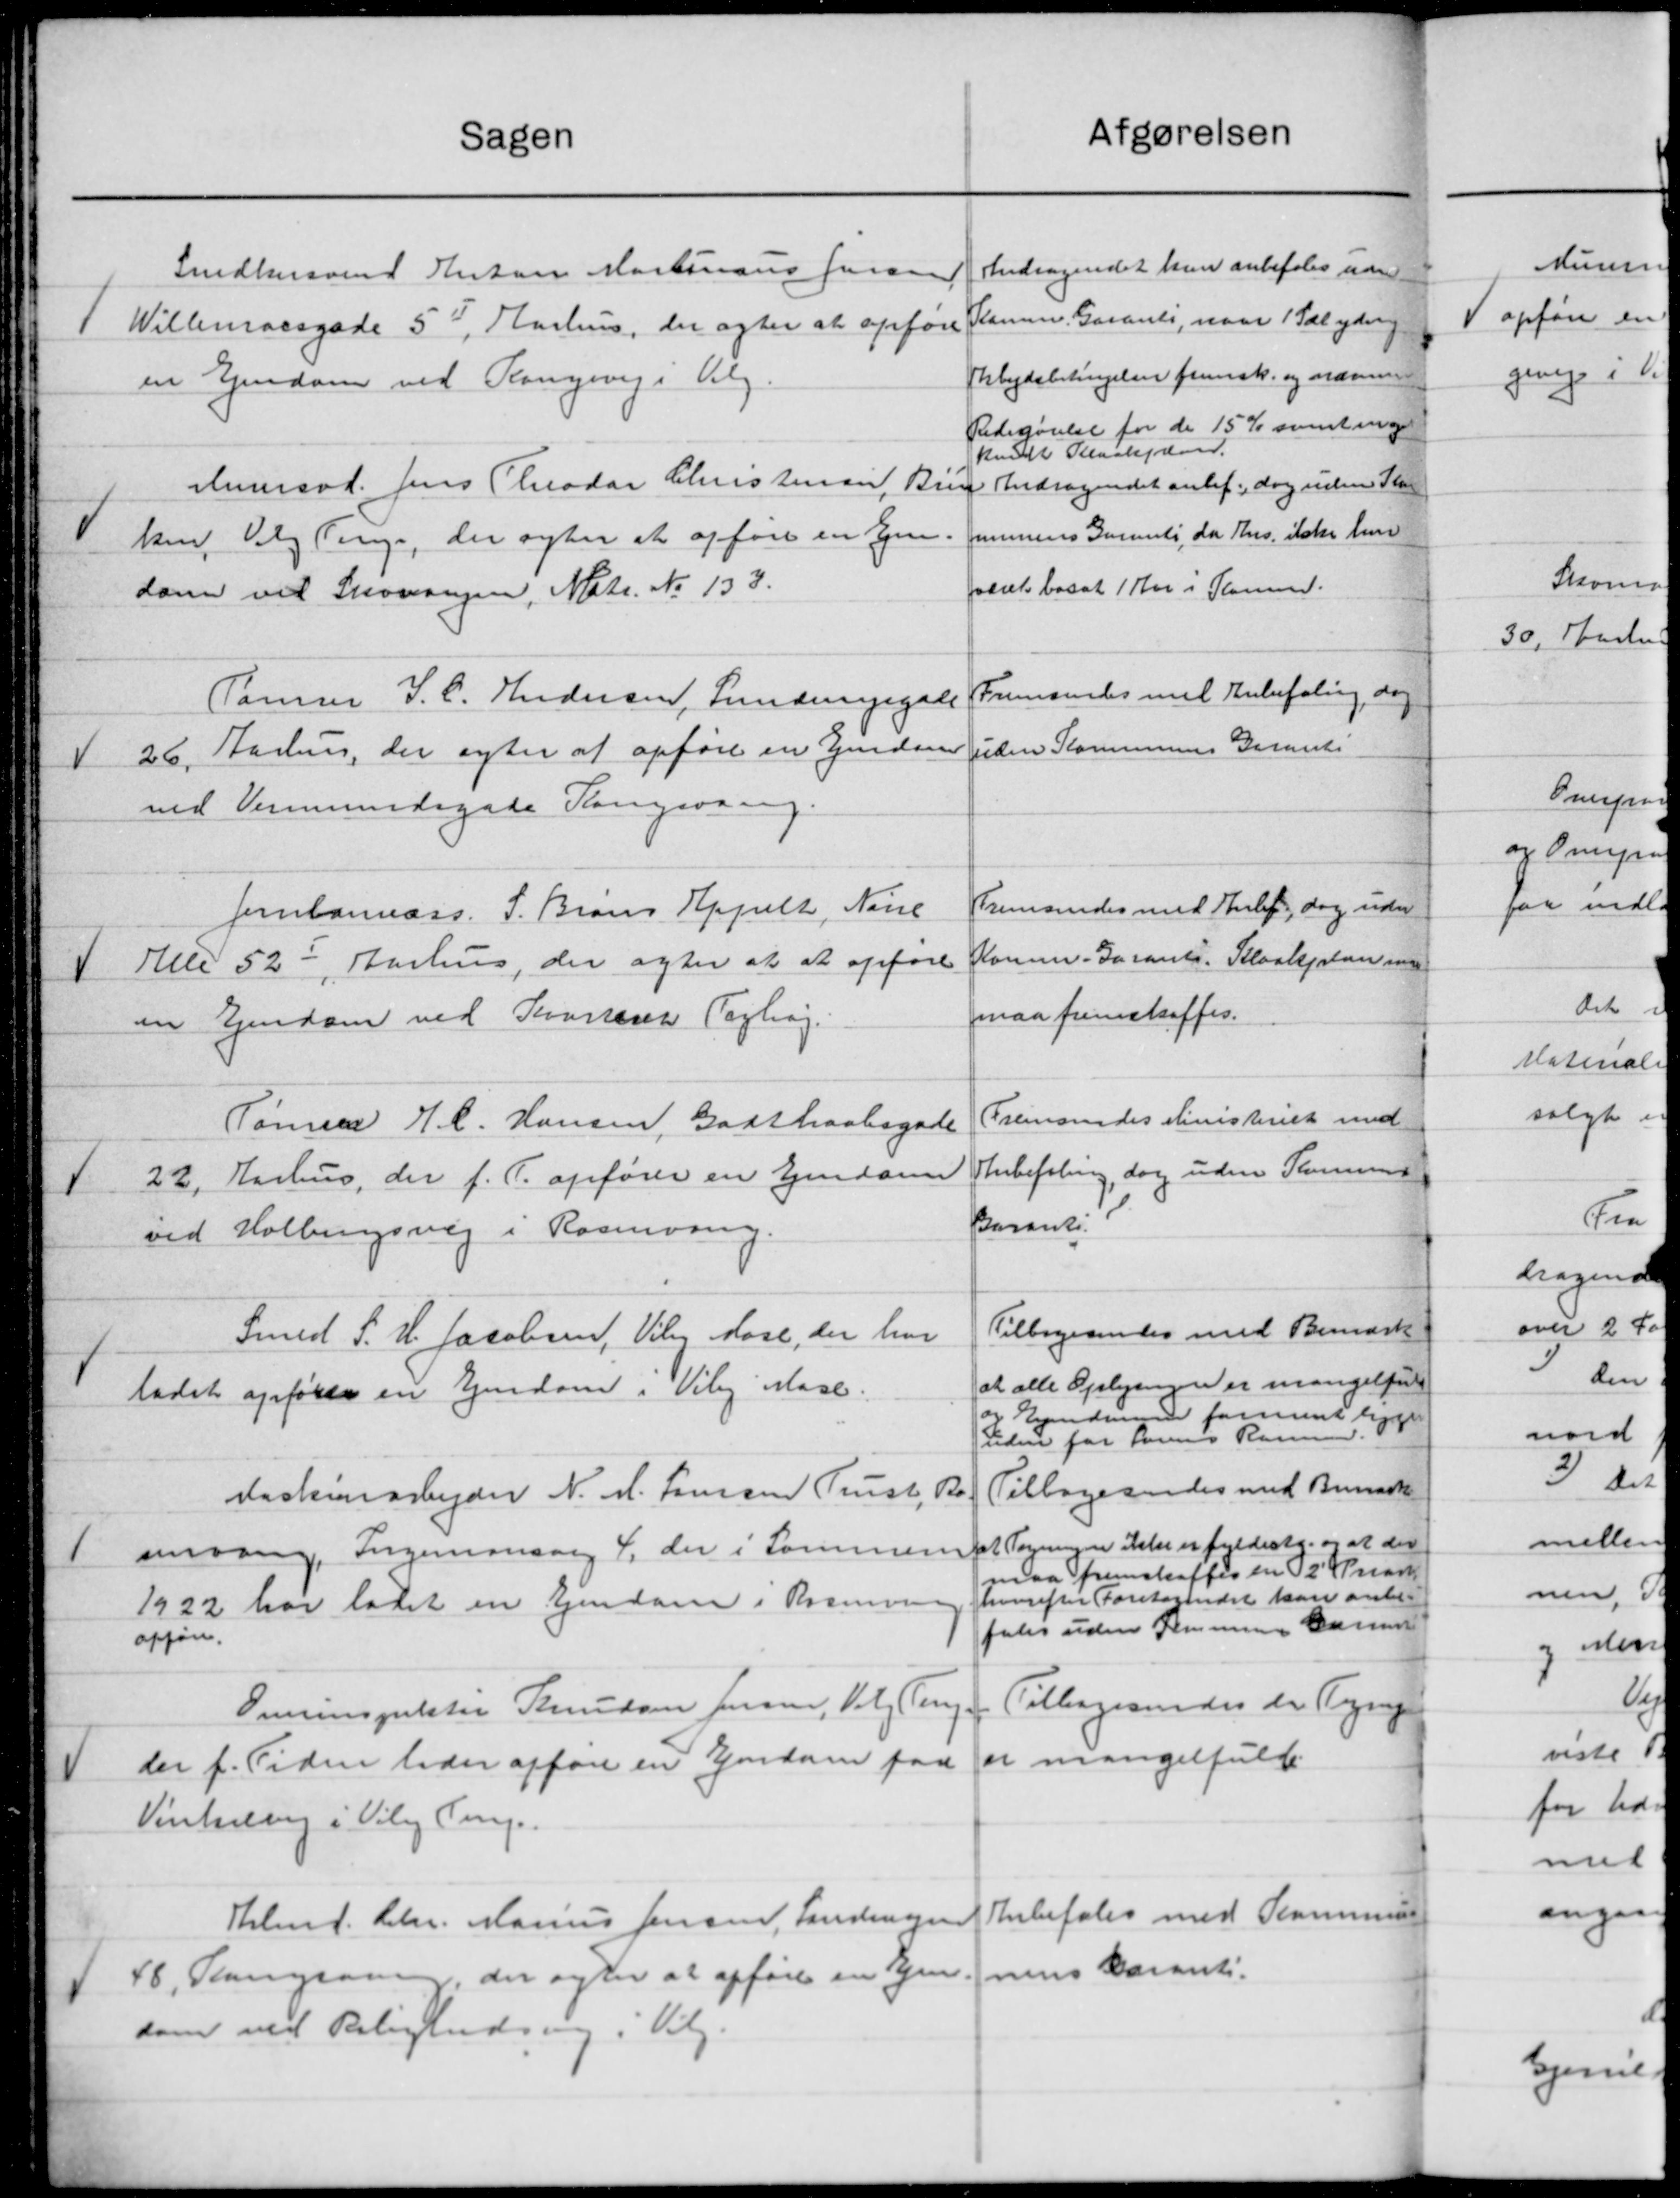
Transskription:
Afgørelsen
Sagen
Andragendet han anbefales uden
Snedkersvend Anton Mortensens Jensen
Slamme Garanti, naar 1 Tdlydeng
 Willemarsgade 55, Aarhus, der agter at opføre
Arbejdsbetingelser fremsk. og nærmer
en Ejendom ved Kongevej i Valg.
Redegørelse for de 15 % samt ing
kunde Stenskjæner.
Aumsod. Jens Chradar Christensen, Bru
Andragendet anbef. dog uden Skat
munens Garanti da Hus ikke hun
Vken, Valg Ting, der agter at opføre en Gjen.
været bosat 1 Aar i Sommer.
dom ved Skovangen, Matr. No 133.
Fremsendes med Anbefaling, dog
Tømrer J. C. Andersen, Sundringsgade
uden Kommunens Garanti
26. Aarhus, der agter at opføre en Ejendom
-
ved Vermundsgade Kongsvang
Fremsendes med Hele, dog uden
Jernbanness. S. Brand Appelt, Nove
Komm. Garanti. Kloakplan med
Alle 52, Aarhus, der agter at at opføre
maa fremskaffes.
en Ejendom ved Kroneret Forhøj
Fremsendes Ministeriet med
Tømrer H. C. Hansen, Godthaabsgade
Anbefaling, dog uden Sammen
22, Aarhus, der f. T. opfører en Ejendom
Baranti.
ved Holbergsvej i Rasmusen.
Tilbagesendes med Bemærk
Smed S. H. Jacobsen, Vilm Mose, der har
at alle Oplysningen er mangelful
ladet opfører en Ejendom i Viby Mose.
og Ejendomme forment ligger
Tiden for Sørens Rasmus
Tilbagesendes med Bemærk
Daskinarbejder N. A. Jensen Trust, B.
smaang, Ingenionsang 4, der i Sommen et Tegningen ikke er fyldest. og at der
1
maa fremskaffes en 2 Mark
hvorefter Foretagendet kan anbe-
1922 har ladet en Ejendom i Rasmussen
Julis uden Kommune Gamme
opføre.
Tillagesender de Reng
Sverinspekter Knudsen Jensen, Valg Ting
er mangelfuld
 der f. Tiden lader opføre en Ejendom paa
Vintellig i Viby Ting.
Thlmd. Chr. Marius Jensen, Landevejen Anbefales med Kommune
 48, Slangsaa, der og der at opføre en Gjennens Baranti.
som ved Belignedring i Vil